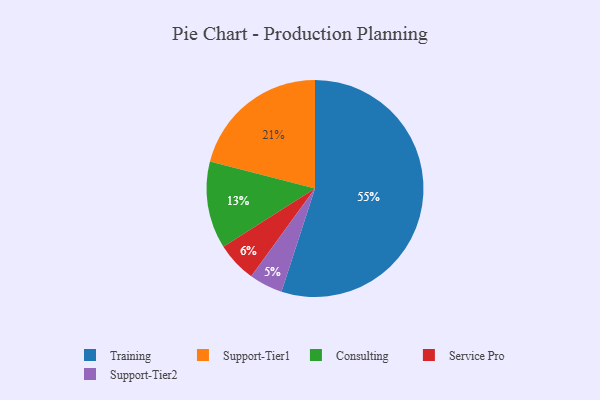
{"axis": {"x": "Category", "y": "Percentage"}, "legend": ["Consulting", "Service Pro", "Support-Tier1", "Support-Tier2", "Training"], "data": [{"x": "Support-Tier2", "y": 5, "type": "Support-Tier2"}, {"x": "Training", "y": 55, "type": "Training"}, {"x": "Service Pro", "y": 6, "type": "Service Pro"}, {"x": "Support-Tier1", "y": 21, "type": "Support-Tier1"}, {"x": "Consulting", "y": 13, "type": "Consulting"}]}